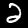
Digit: 2